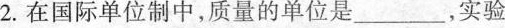
2.在国际单位制中，质量的单位是___，实验